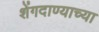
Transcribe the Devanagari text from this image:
शेंगदाण्याच्या